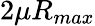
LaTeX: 2\mu R_{max}